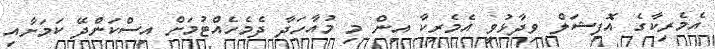
އެމެރިކާގެ އޮފިޝަލް ވިދާޅުވީ އެމެރިކާ އިން މި މުއާހަދާ ދެމެހެއްޓުމަށް އިސްކަންދޭ ކަމަށާއި